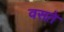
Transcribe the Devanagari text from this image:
वसते